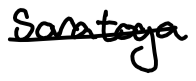
Text: Saratoga
Cross-out: single-line
Writing tool: digital_black